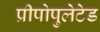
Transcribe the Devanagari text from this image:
प्रीपोपुलेटेड